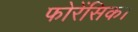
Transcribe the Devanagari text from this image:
फोरेंसिक।